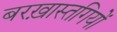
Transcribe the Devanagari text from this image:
बरख़ास्तगियों